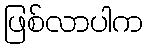
ဖြစ်လာပါက